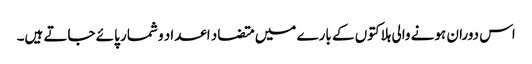
اس دوران ہونے والی ہلاکتوں کے بارے میں متضاد اعداد و شمار پائے جاتے ہیں۔